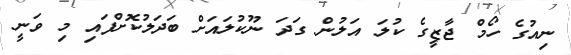
ނިއުގެ ހޯމް ޖާޒީގެ ކުލަ އަލުން ގަދަ ނޫކުލައަށް ބަދަލުކޮށްފައި މި ވަނީ